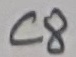
Text: C8